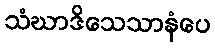
သံဃာဒိသေသာနံပေ